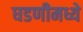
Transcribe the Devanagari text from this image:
घडणीमध्ये